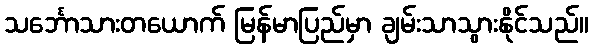
သင်္ဘောသားတယောက် မြန်မာပြည်မှာ ချမ်းသာသွားနိုင်သည်။